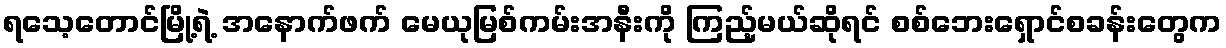
ရသေ့တောင်မြို့ရဲ့ အနောက်ဖက် မေယုမြစ်ကမ်းအနီးကို ကြည့်မယ်ဆိုရင် စစ်ဘေးရှောင်စခန်းတွေက